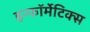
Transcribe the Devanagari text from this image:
इन्फॉर्मेटिक्स